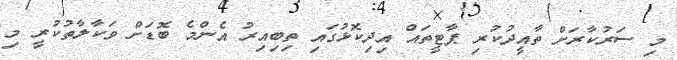
މި ސަރުކާރަށް ތާއީދުކުރި ޕާޓީތައް އިދިކޮޅުގައި ތިބިއިރު އެންމެ ބޮޑަށް ވަކާލާތުކުރީ މި